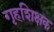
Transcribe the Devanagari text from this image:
गृहशिक्षक